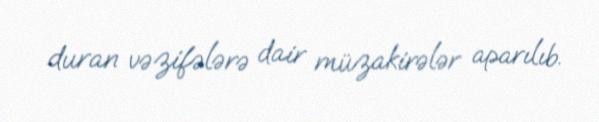
duran vəzifələrə dair müzakirələr aparılıb.